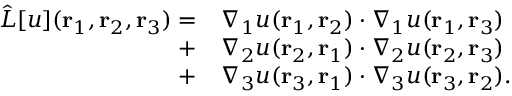
\begin{array} { r l } { \hat { L } [ u ] ( { \mathbf { r } _ { 1 } } , { \mathbf { r } _ { 2 } } , { \mathbf { r } _ { 3 } } ) = } & { \nabla _ { 1 } u ( { \mathbf { r } _ { 1 } } , { \mathbf { r } _ { 2 } } ) \cdot \nabla _ { 1 } u ( { \mathbf { r } _ { 1 } } , { \mathbf { r } _ { 3 } } ) } \\ { + } & { \nabla _ { 2 } u ( { \mathbf { r } _ { 2 } } , { \mathbf { r } _ { 1 } } ) \cdot \nabla _ { 2 } u ( { \mathbf { r } _ { 2 } } , { \mathbf { r } _ { 3 } } ) } \\ { + } & { \nabla _ { 3 } u ( { \mathbf { r } _ { 3 } } , { \mathbf { r } _ { 1 } } ) \cdot \nabla _ { 3 } u ( { \mathbf { r } _ { 3 } } , { \mathbf { r } _ { 2 } } ) . } \end{array}